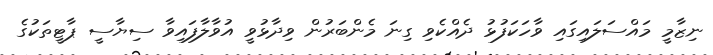
ނިޒާމީ މައްސަލައިގައި ވާހަކަފުޅު ދެއްކެވި ގިނަ މެންބަރުން ވިދާޅުވީ އުވާލާފައިވާ ސިޔާސީ ޕާޓީތަކުގެ